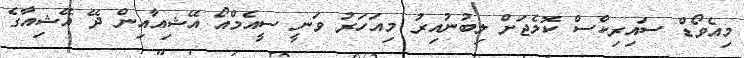
މިއެވޯޑް ސައިރިކްސް ކޮލެޖަށް ލިބުނުއިރު މިއަހަރު ވަނީ ސީއެމްއޯ އޭޝިއާއިން ދޭ އޭޝިއާގެ